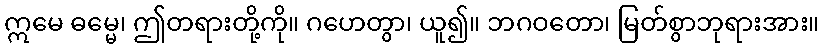
ဣမေ ဓမ္မေ၊ ဤတရားတို့ကို။ ဂဟေတွာ၊ ယူ၍။ ဘဂဝတော၊ မြတ်စွာဘုရားအား။